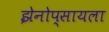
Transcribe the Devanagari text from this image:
झेनोप्सायला